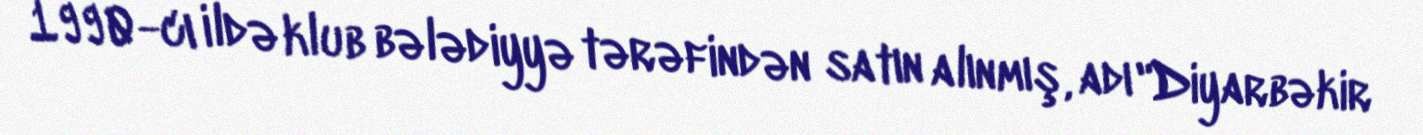
1990-cı ildə klub bələdiyyə tərəfindən satın alınmış, adı "Diyarbəkir